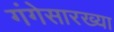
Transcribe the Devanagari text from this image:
गंगेसारख्या